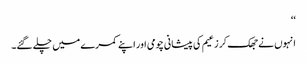
‘‘
انہوں نے جھک کر زعیم کی پیشانی چومی اور اپنے کمرے میں چلے گئے۔